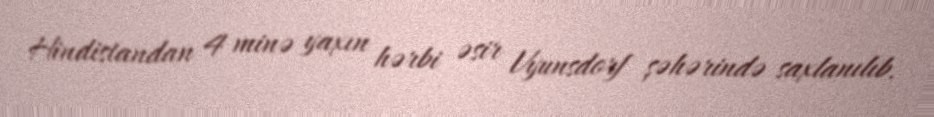
Hindistandan 4 minə yaxın hərbi əsir Vyunsdorf şəhərində saxlanılıb.